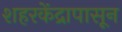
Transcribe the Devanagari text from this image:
शहरकेंद्रापासून